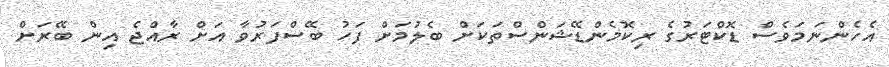
އެހެންނަމަވެސް ޑޮކްޓަރުގެ ރިކޮމެންޑޭޝަންސްތަކަށް ބެލުމަށް ފަހު ބޭސްފަރުވާ އަށް ރާއްޖެ އިން ބޭރަށް